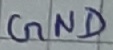
Text: GND